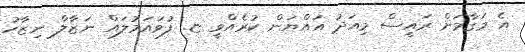
އެ މަގާމަށް ރައީސް މިއަދު އައްޔަން ކުރެއްވީ ޏ. ފުވައަމުލައް ނަޒާލް ނިޒާހު